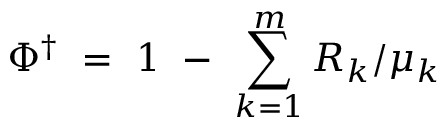
\Phi ^ { \dagger } \ = \ 1 \ - \ \sum _ { k = 1 } ^ { m } R _ { k } / \mu _ { k }